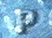
P